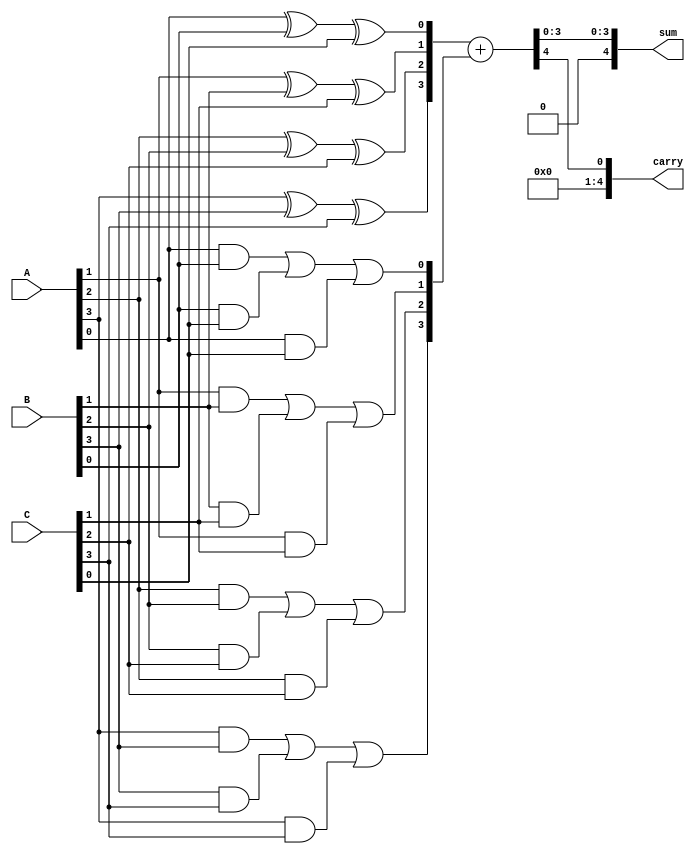
module carry_save_adder #(parameter N = 4) (
    input  [N-1:0] A,
    input  [N-1:0] B,
    input  [N-1:0] C,
    output [N:0] sum,  // Final sum output (N+1 bits to accommodate carry)
    output [N:0] carry // Final carry output (N+1 bits)
);

    // Intermediate sums and carries
    wire [N-1:0] S1, S2, C1, C2;

    // Full Adder for CSA
    genvar i;
    generate
        for (i = 0; i < N; i = i + 1) begin : full_adder
            // Full adder logic for three inputs
            assign S1[i] = A[i] ^ B[i] ^ C[i]; // Sum output
            assign C1[i] = (A[i] & B[i]) | (B[i] & C[i]) | (A[i] & C[i]); // Carry output
        end
    endgenerate

    // Final Carry Propagation
    wire [N:0] final_sum, final_carry;
    assign final_sum = S1;
    assign final_carry = C1;

    // Final addition stage using Ripple Carry Adder (RCA)
    wire [N-1:0] final_sum_out;
    wire [N-1:0] final_carry_out;
    
    assign {final_carry_out, final_sum_out} = final_sum + final_carry;

    // Output assignment
    assign sum = final_sum_out;
    assign carry = final_carry_out;

endmodule